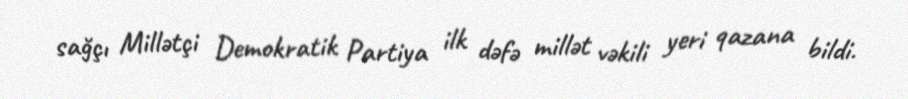
sağçı Millətçi Demokratik Partiya ilk dəfə millət vəkili yeri qazana bildi.